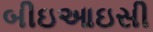
બીઇઆઇસી